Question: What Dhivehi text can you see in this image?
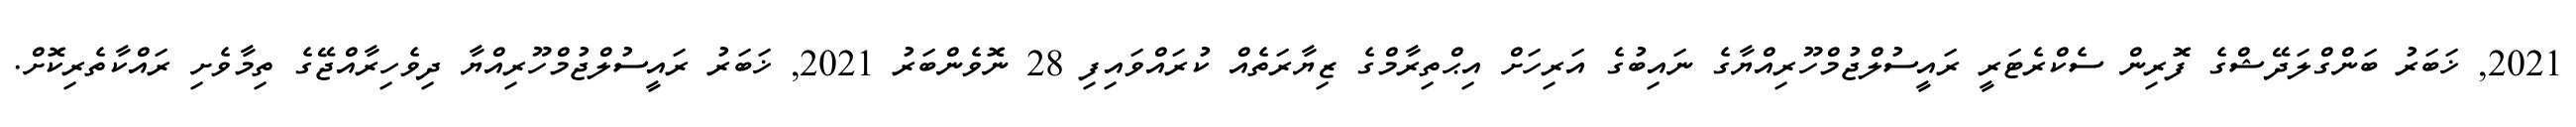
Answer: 2021, ޚަބަރު ބަންގްލަދޭޝްގެ ފޮރިން ސެކްރެޓަރީ ރައީސުލްޖުމްހޫރިއްޔާގެ ނައިބުގެ އަރިހަށް އިޙްތިރާމްގެ ޒިޔާރަތެއް ކުރައްވައިފި 28 ނޮވެންބަރު 2021, ޚަބަރު ރައީސުލްޖުމްހޫރިއްޔާ ދިވެހިރާއްޖޭގެ ތިމާވެށި ރައްކާތެރިކޮށް.